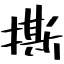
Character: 撕